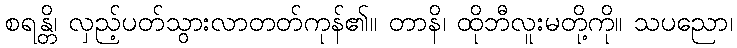
စရန္တိ၊ လှည့်ပတ်သွားလာတတ်ကုန်၏။ တာနိ၊ ထိုဘီလူးမတို့ကို။ သပညော၊